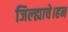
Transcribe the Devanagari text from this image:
जिल्ह्याचे।हन